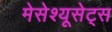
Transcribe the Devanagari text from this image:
मेसेश्यूसेट्स